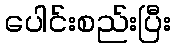
ပေါင်းစည်းပြီး